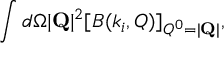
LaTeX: \int d \Omega | { \bf Q } | ^ { 2 } [ B ( k _ { i } , Q ) ] _ { Q ^ { 0 } = | { \bf Q } | } ,